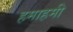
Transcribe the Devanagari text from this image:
हमाहमी